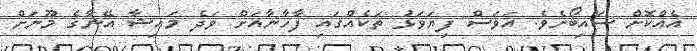
އެއްކޮށް ސައިބޯށެވެ. އަވަސް ފިޔަވަޅު ތަކެއްގައި ފާހާނާއަށް ވަދެ މައިޝާ އޭނާގެ މޫނަށް